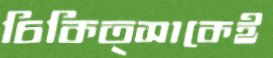
চিকিত্সাকেই